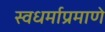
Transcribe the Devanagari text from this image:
स्वधर्माप्रमाणे